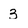
Character: 3